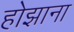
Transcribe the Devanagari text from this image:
होझाना